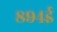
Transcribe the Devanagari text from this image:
८९४ई